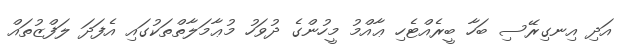
އަދި އިނގިރޭސި ބަހާ ބީރެއްޓެހި ޢާއްމު މީހުންގެ ދުވަހު މުޢާމަލާތްތަކުގައި އެފަދަ ލަފްޒުތައް